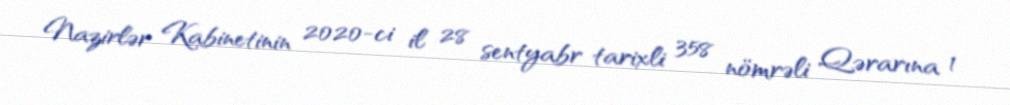
Nazirlər Kabinetinin 2020-ci il 28 sentyabr tarixli 358 nömrəli Qərarına 1